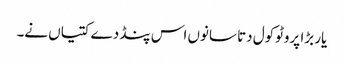
یار بڑا پروٹوکول دتا سانوں اس پنڈ دے کتیاں نے۔